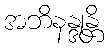
အဘိနန္ဒုန္တိ